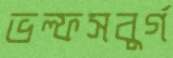
ভল্ফসবুর্গ